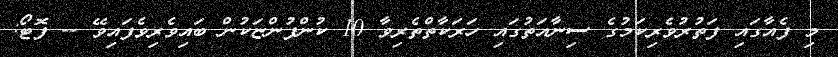
މި ފެއާގައި ފަތުރުވެރިކަމުގެ ސިނާއަތުގައި ހަރަކާތްތެރިވާ 10 ކުންފުންޏަކުން ބައިވެރިވެފައިވޭ -- ފޮޓޯ: